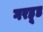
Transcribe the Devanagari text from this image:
गरहूड